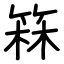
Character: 箖